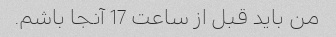
من باید قبل از ساعت 17 آنجا باشم.